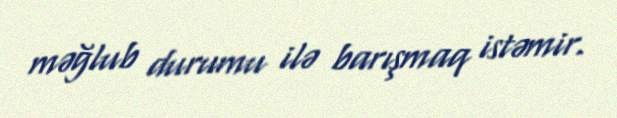
məğlub durumu ilə barışmaq istəmir.